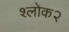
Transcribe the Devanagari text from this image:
श्लोक२